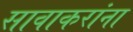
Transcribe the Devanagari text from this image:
सावाकरांना